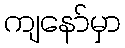
ကျနော်မှာ